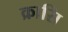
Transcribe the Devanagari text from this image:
क्रासि